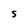
Character: S